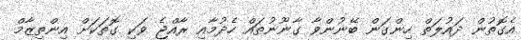
އެގޮތުން ދައުލަތް ހިންގަން ބޭނުންވާ ގާނޫނުތައް ހެދުމާއި ރާއްޖެ ވަކި ގޮތަކަށް އިންތިޒާމް